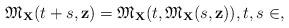
LaTeX: \begin{align*}\mathfrak{M}_{\mathbf{X}}(t+s,\mathbf{z})=\mathfrak{M}_{\mathbf{X}}(t,\mathfrak{M}_{\mathbf{X}}(s,\mathbf{z})),t,s\in\real, \end{align*}